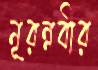
নূরন্নবীর